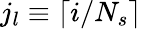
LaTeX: j_{l}\equiv\lceil{i}/{N_{s}}\rceil